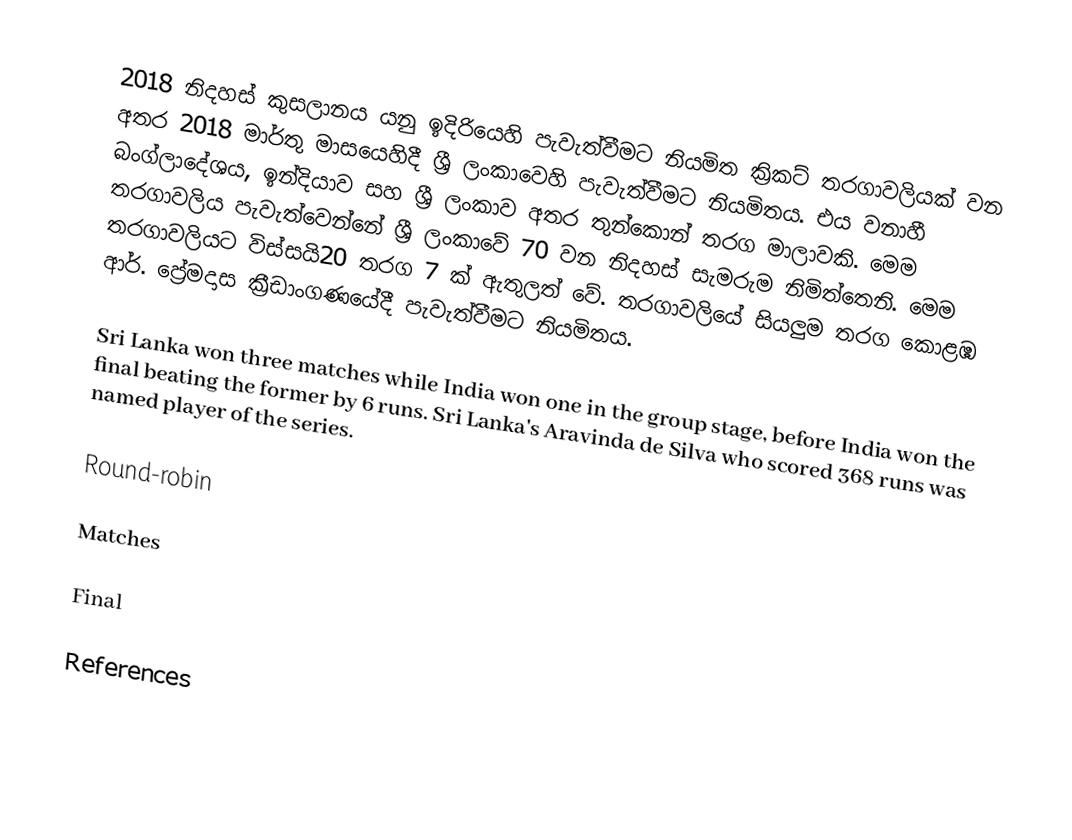
2018 නිදහස් කුසලානය යනු ඉදිරියෙහි පැවැත්වීමට නියමිත ක්‍රිකට් තරගාවලියක්  වන අතර 2018 මාර්තු මාසයෙහිදී ශ්‍රී ලංකාවෙහි පැවැත්වීමට නියමිතය. එය වනාහී බංග්ලාදේශය, ඉන්දියාව  සහ ශ්‍රී ලංකාව අතර තුන්කොන් තරග මාලාවකි. මෙම තරගාවලිය පැවැත්වෙන්නේ ශ්‍රී ලංකාවේ 70 වන නිදහස් සැමරුම නිමිත්තෙනි. මෙම තරගාවලියට විස්සයි20 තරග 7 ක් ඇතුලත් වේ. තරගාවලියේ සියලුම තරග කොළඹ ආර්. ප්‍රේමදාස ක්‍රීඩාංගණයේදී පැවැත්වීමට නියමිතය.

Sri Lanka won three matches while India won one in the group stage, before India won the final beating the former by 6 runs. Sri Lanka's Aravinda de Silva who scored 368 runs was named player of the series.

Round-robin

Matches

Final

References